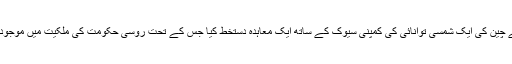
اس کے علاوہ قطر انویسٹمنٹ اتھارٹی اور سوئس کمپنی گلینکور کے اتحاد نے چین کی ایک شمسی توانائی کی کمپنی سیوک کے ساتھ ایک معاہدہ دستخط کیا جس کے تحت روسی حکومت کی ملکیت میں موجود کمپنی روزوینٹ میں اس اتحاد کے 14.16 حصص کو فروخت کیا جائے گا۔